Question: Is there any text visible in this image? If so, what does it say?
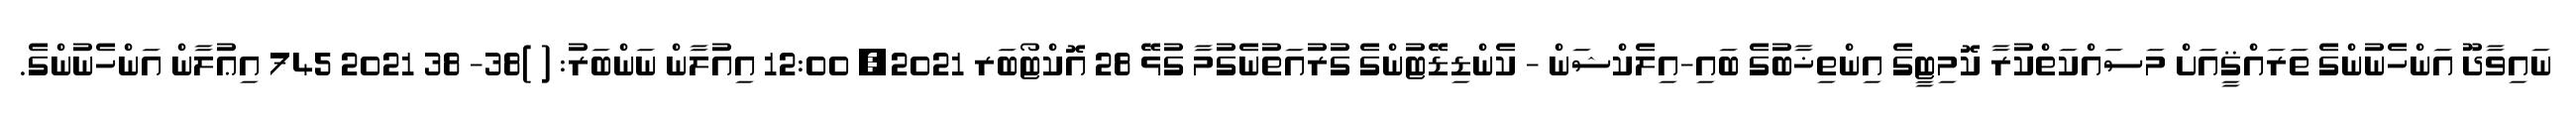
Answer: ނައިވާދޫ އަންހެނުންގެ ތަރައްޤީއަށް މަސައްކަތްކުރާ ކޮމިޓީގެ އިންތިޚާބުގެ ބައި-އިލެކްޝަން - ކެންޑިޑޭޓުންގެ ގުރުއަތުނެގުމާ ގުޅޭ 28 އޮކްޓޯބަރ 2021, 12:00 އިއުލާން ނަންބަރު: ( )38- 38 2021 745 އިޢުލާން އަންހެނުންގެ.